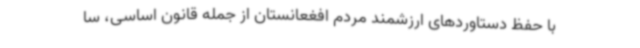
با حفظ دستاوردهای ارزشمند مردم افغعانستان از جمله قانون اساسی، سا